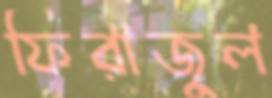
ফিরাজুল